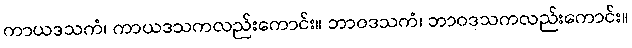
ကာယဒသကံ၊ ကာယဒသကလည်းကောင်း။ ဘာဝဒသကံ၊ ဘာဝဒသကလည်းကောင်း။